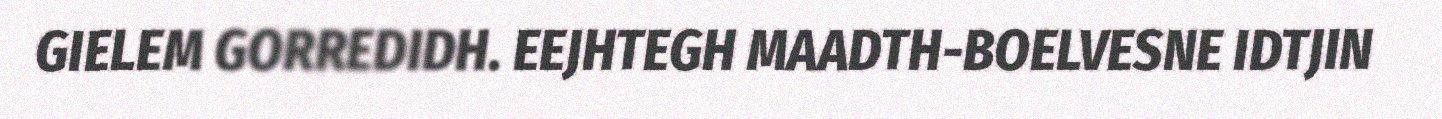
GIELEM GORREDIDH. EEJHTEGH MAADTH-BOELVESNE IDTJIN